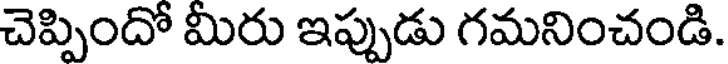
చెప్పిందో మీరు ఇప్పుడు గమనించండి.